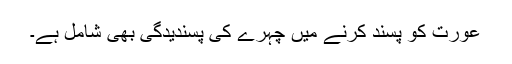
عورت کو پسند کرنے میں چہرے کی پسندیدگی بھی شامل ہے۔